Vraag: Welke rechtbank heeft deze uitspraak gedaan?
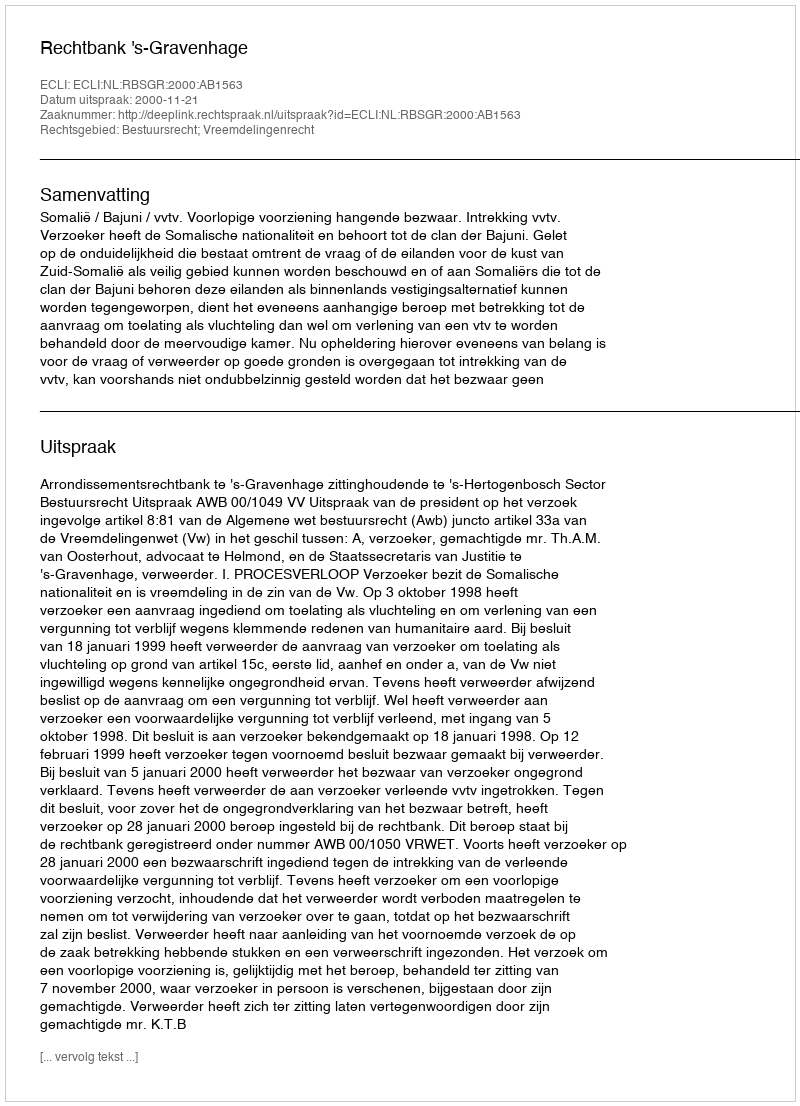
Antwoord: Rechtbank 's-Gravenhage